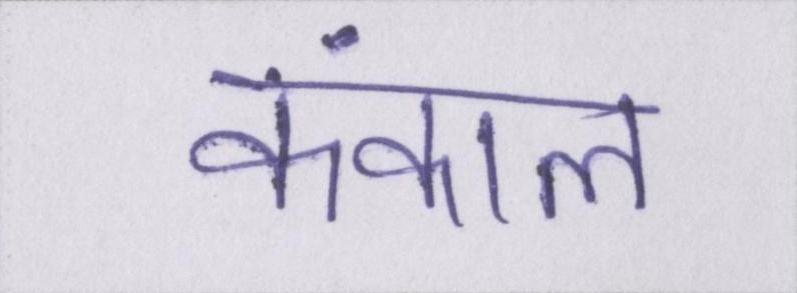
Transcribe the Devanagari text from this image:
कंकाल